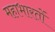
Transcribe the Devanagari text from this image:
महाभारतों